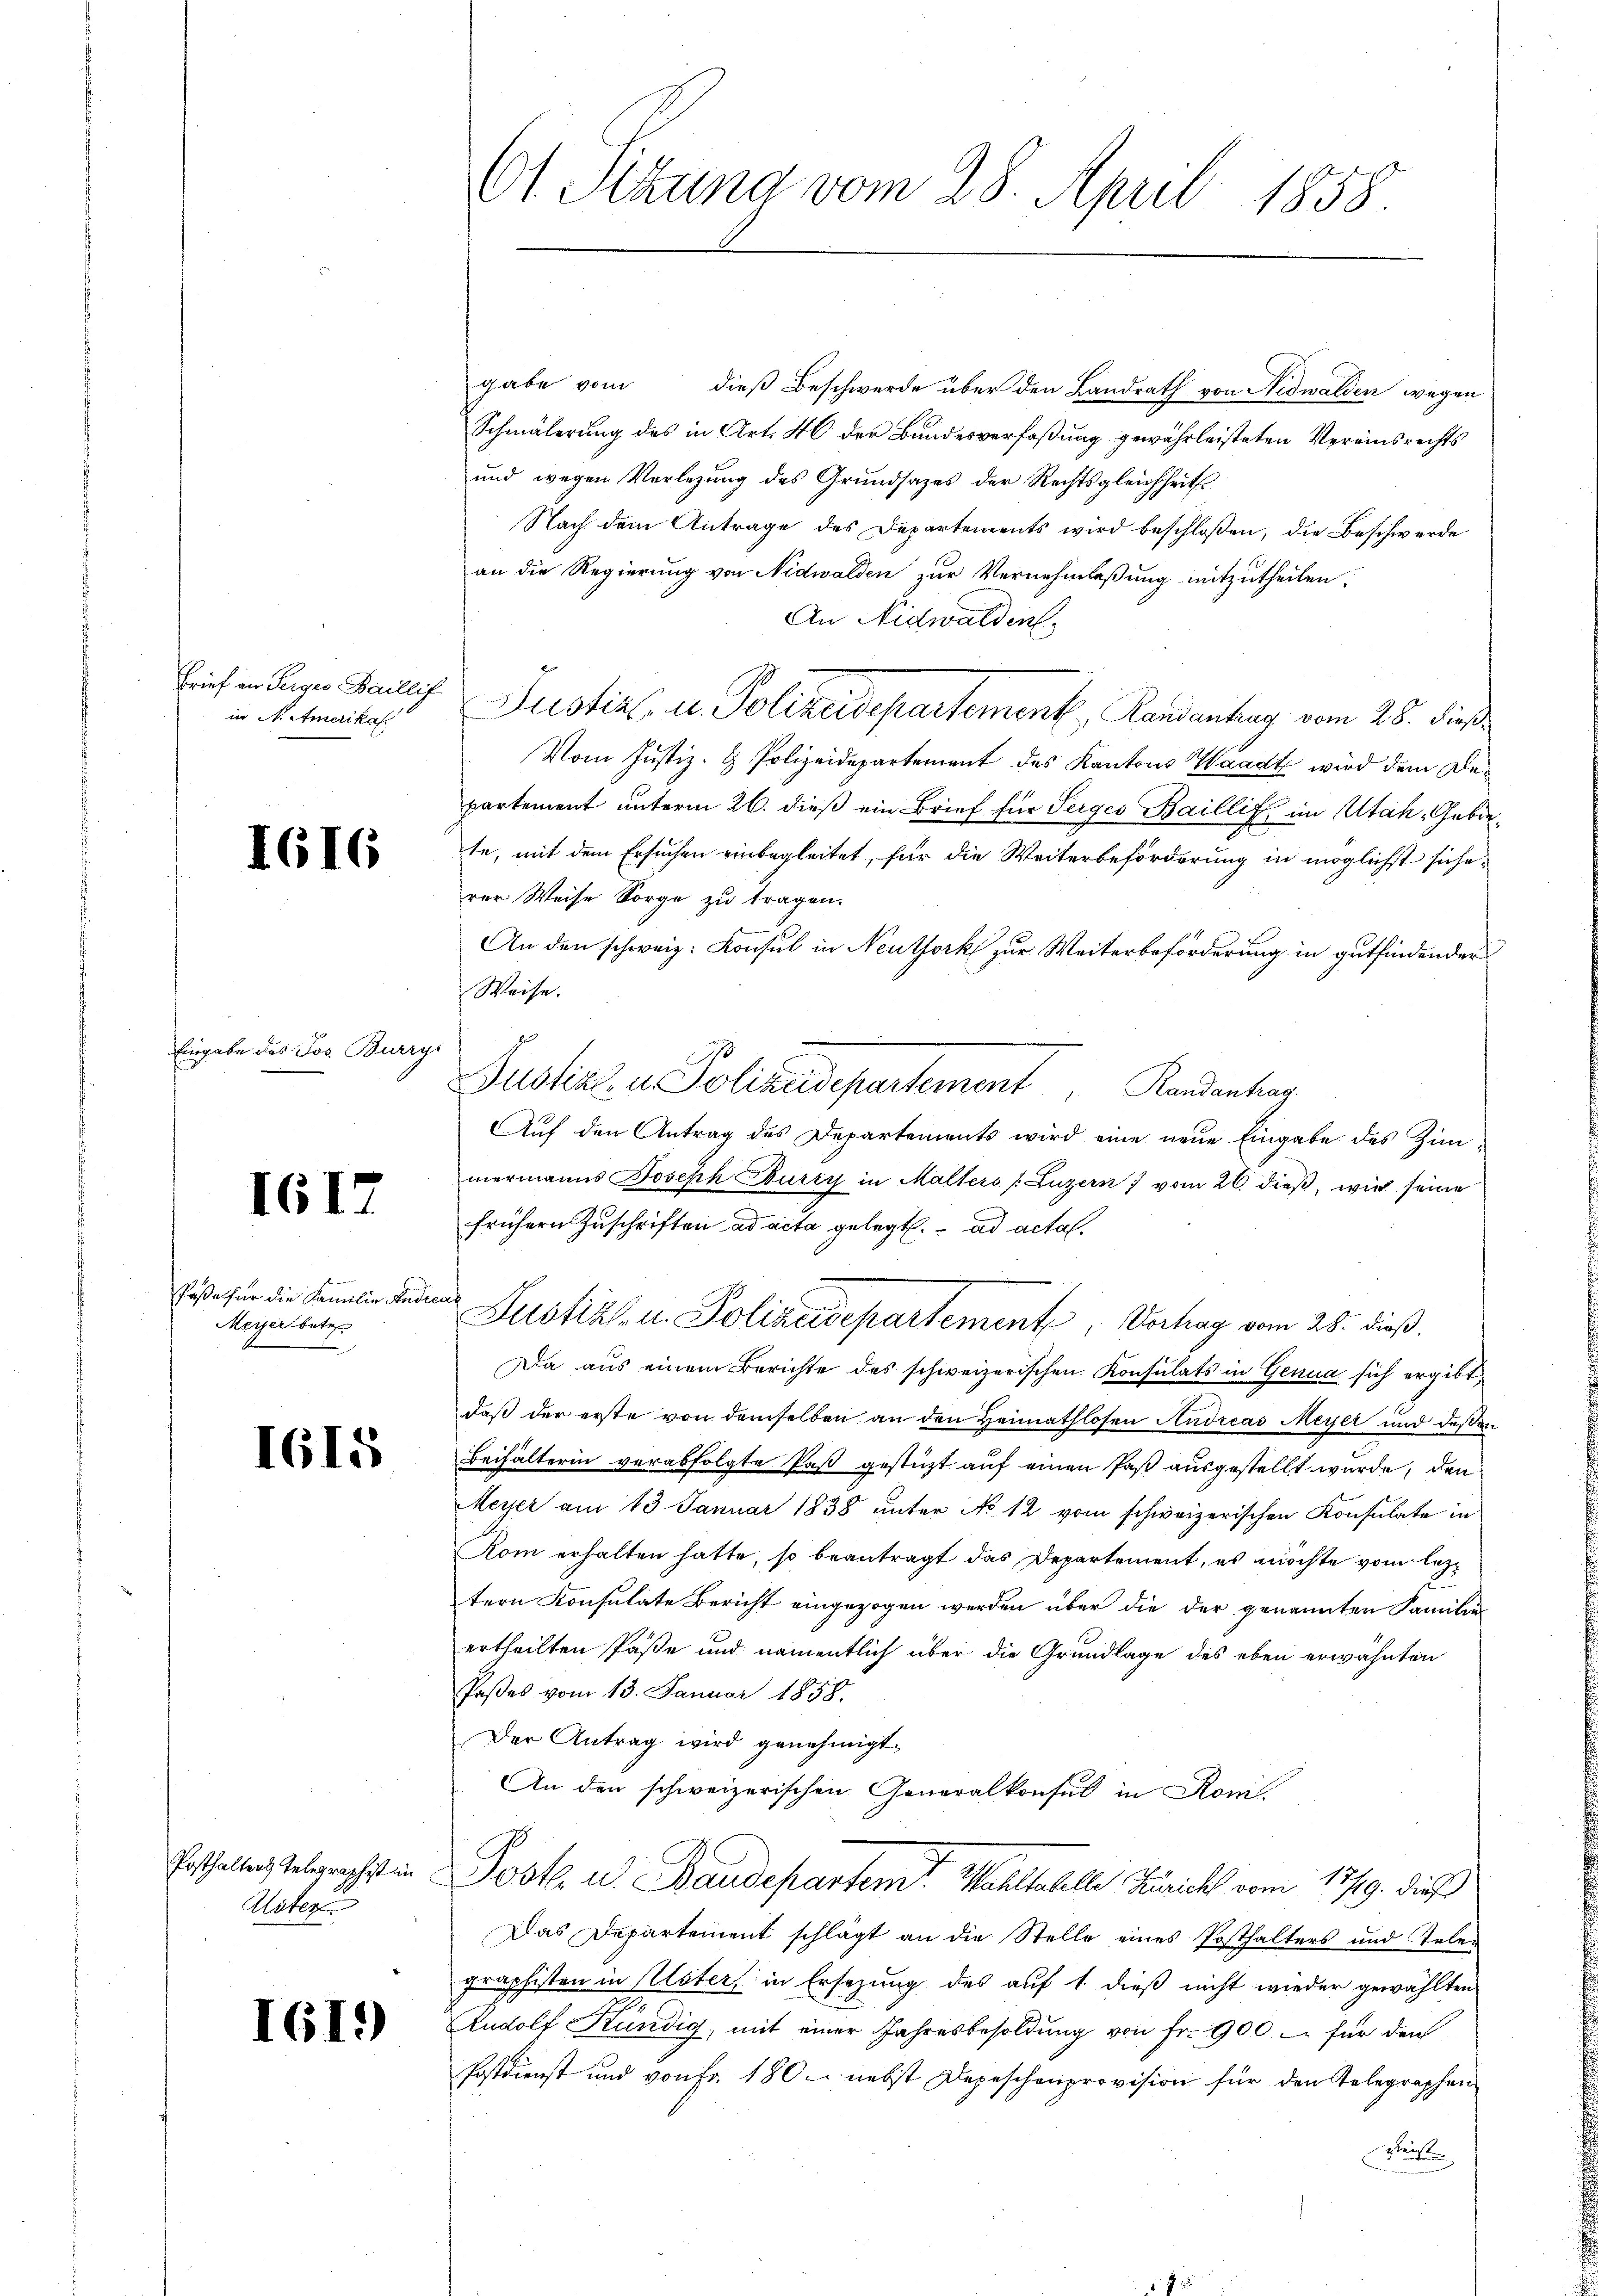
Brief an Serges Baillif
in N. Amerikas

6

Eingabe des Jos. Burry

1617

6

Paße für die Familie Ande
Meyer betr.

1615

Posthalters Telegraphist in
Kateg

I619)

Ct. Sitzung vom 28. April 1858.

gabe vom dieß Beschwerde über den Landrath von Nidwalden wegen
Schmälerung des in Art. 46 der Bundesverfaßung gewährleisteten Vereinsrechts
und wegen Vorlegung des Grundsatzes der Rechtsgleichheits
Nach dem Antrage des Departements wird beschloßen, die Beschwerde
an die Regierung von Nidwalden zur Vernehmlaßung mitzutheilen.
An Nidwalden
Justiz- u. Polizeidepartement, Handenhag vom 28. dieß
Vom Justiz- & Polizeidepartement des Kantons Waadt wird dem Bepartement unterm 26. dieß ein Brief für Perges Baillig, im Altah, Gebiete, mit dem Ersuchen einbegleitet, für die Weiterbeförderung in möglichst sicherer Weise Sorge zu tragen.
An den schweiz. Konsul in Neuthork zur Weiterbeförderung in gutfindender
Weise.
Justiz u. Polizeidepartement Kandentrag
Auf den Antrag des Departements wird eine neue Eingabe des Zimmermanns Joseph Burry in Malters (Luzern vom 26. dieß, wir seine
frühern Zuschriften ad acta gelegt. ad acta.
Justiz- u. Polizeidepartement, Verhag vom 28. dieß,
Da aus einem Berichte des schweizerischen Konsulats in Genua sich ergibt,
daß der erste von demselben an den Heimathlosen Andreas Meyer und deßen
Beihälterin verabfolgte Paß gestützt auf einen Paß ausgestellt wurde, den
Meyer am 13. Januar 1838 unter No 12. vom schweizerischen Konsulate in
Rom erhalten hatte, so beantragt das Departement, es möchte vom lezt
tern Konsulate Bericht eingezogen werden über die der genannten Familien
ertheilten Paße und namentlich über die Grundlage des eben erwähnten
Paßes vom 13. Januar 1858.
Der Antrag wird genehmigt.
An den schweizerischen Generalkonsul in Roni.
Josk. u. Baudepartem Wohlseelle Zürich vom 1379. dieß
Das Departement schlägt an die Stelle eines Posthalters und Telen
graphisten in Klöter, in Ersezung des auf 1. dieß nicht wieder gewählten
Rudolf Kundig, mit einer Jahresbesoldung von Fr. 900. für den
Postdienst und von Fr. 180. nebst Depeschenprovision für den Telegraphen
Reife